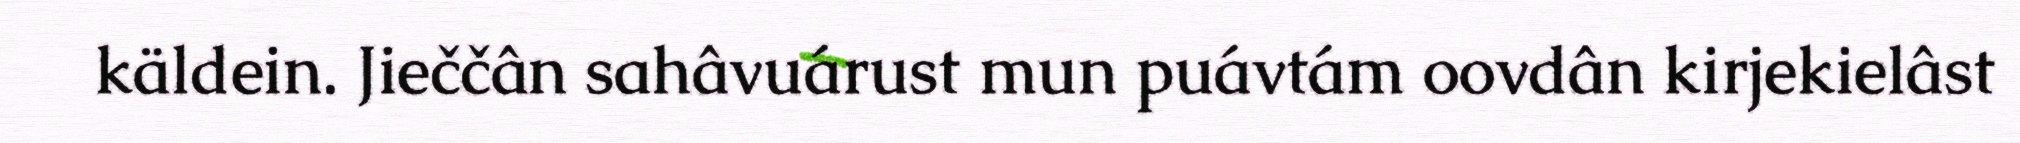
käldein. Jieččân sahâvuárust mun puávtám oovdân kirjekielâst